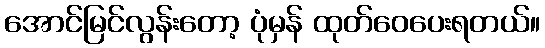
အောင်မြင်လွန်းတော့ ပုံမှန် ထုတ်ဝေပေးရတယ်။